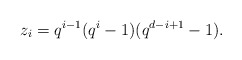
\begin{align*} z_i = q^{i-1} (q^i-1)(q^{d-i+1}-1). \end{align*}